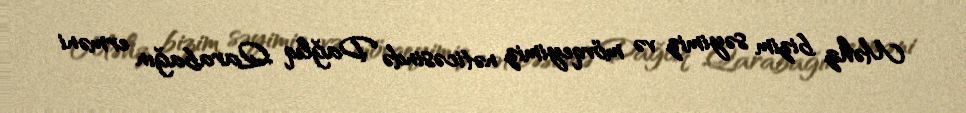
Məhz bizim səyimiz və mövqeyimiz nəticəsində Dağlıq Qarabağın erməni